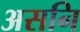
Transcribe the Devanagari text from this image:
असनि